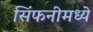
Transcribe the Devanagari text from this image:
सिंफनीमध्ये